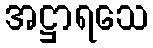
အဋ္ဌာရသေ